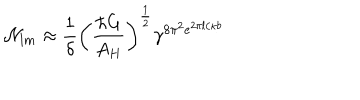
{ \cal N } _ { l m } \approx { \frac { 1 } { \delta } } \left( { \frac { \hbar G } { A _ { H } } } \right) ^ { \frac { 1 } { 2 } } \gamma ^ { 8 \pi ^ { 2 } e ^ { 2 \pi l / \kappa b } }